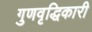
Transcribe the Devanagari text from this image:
गुणवृद्धिकारी